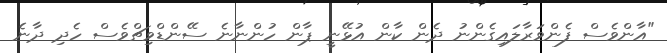
"އާންވެސް ފެންވަރާލައިގެންނު ދެން ކާން އުޅޭނީ ޕާން ހުންނާނެ ސޭންޑްވިޗްވެސް ހެދި ދާނެ